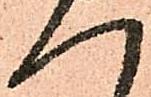
へ